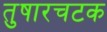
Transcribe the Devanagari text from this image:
तुषारचटक